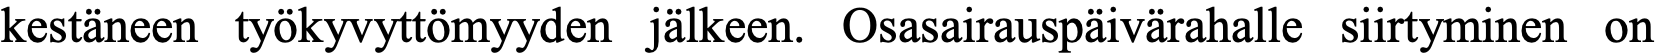
kestäneen työkyvyttömyyden jälkeen. Osasairauspäivärahalle siirtyminen on